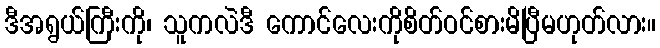
ဒီအရွယ်ကြီးကို၊ သူကလဲဒီ ကောင်လေးကိုစိတ်ဝင်စားမိပြီမဟုတ်လား။